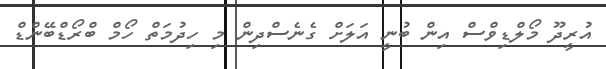
އުރީދޫ މޯލްޑިވްސް އިން ބުނީ އަލަށް ގެނެސްދިން މި ހިދުމަތް ހޯމް ބްރޯޑްބޭންޑް